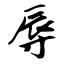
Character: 辱